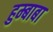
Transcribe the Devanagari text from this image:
हुम्बाबा